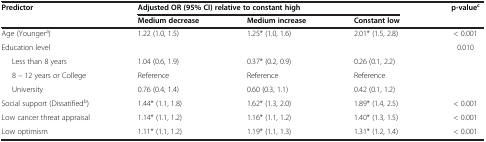
<table><thead><tr><td rowspan="2"><b>Predictor</b></td><td colspan="3"><b>Adjusted OR (95% CI) relative to constant high</b></td><td rowspan="2"><b>p-value<sup>c</sup></b></td></tr><tr><td><b>Medium decrease</b></td><td><b>Medium increase</b></td><td><b>Constant low</b></td></tr></thead><tbody><tr><td>Age (Younger<sup>a</sup>)</td><td>1.22 (1.0, 1.5)</td><td>1.25* (1.0, 1.6)</td><td>2.01* (1.5, 2.8)</td><td>&lt; 0.001</td></tr><tr><td>Education level</td><td> </td><td> </td><td> </td><td>0.010</td></tr><tr><td>Less than 8 years</td><td>1.04 (0.6, 1.9)</td><td>0.37* (0.2, 0.9)</td><td>0.26 (0.1, 2.2)</td><td> </td></tr><tr><td>8 – 12 years or College</td><td>Reference</td><td>Reference</td><td>Reference</td><td> </td></tr><tr><td>University</td><td>0.76 (0.4, 1.4)</td><td>0.60 (0.3, 1.1)</td><td>0.42 (0.1, 1.2)</td><td> </td></tr><tr><td>Social support (Dissatified<sup>b</sup>)</td><td>1.44* (1.1, 1.8)</td><td>1.62* (1.3, 2.0)</td><td>1.89* (1.4, 2.5)</td><td>&lt; 0.001</td></tr><tr><td>Low cancer threat appraisal</td><td>1.14* (1.1, 1.2)</td><td>1.16* (1.1, 1.2)</td><td>1.40* (1.3, 1.5)</td><td>&lt; 0.001</td></tr><tr><td>Low optimism</td><td>1.11* (1.1, 1.2)</td><td>1.19* (1.1, 1.3)</td><td>1.31* (1.2, 1.4)</td><td>&lt; 0.001</td></tr></tbody></table>